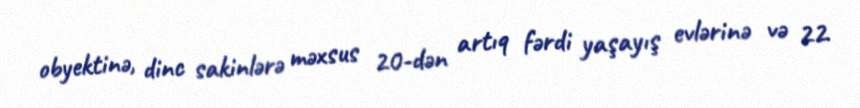
obyektinə, dinc sakinlərə məxsus 20-dən artıq fərdi yaşayış evlərinə və 22